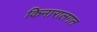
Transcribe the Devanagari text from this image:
किनारालगत